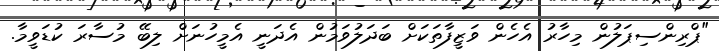
"ޕްރިންސިޕަލުން މިހާރު އެހެން ވަޒީފާތަކަށް ބަދަލުވަމުން އެދަނީ އެމީހުނަށް ލިބޭ މުސާރަ ކުޑަވީމާ.